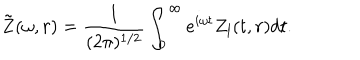
{ \bf \tilde { Z } } ( \omega , r ) = \frac { 1 } { ( 2 \pi ) ^ { 1 / 2 } } \int _ { 0 } ^ { \infty } e ^ { i \omega t } Z _ { l } ( t , r ) d t .